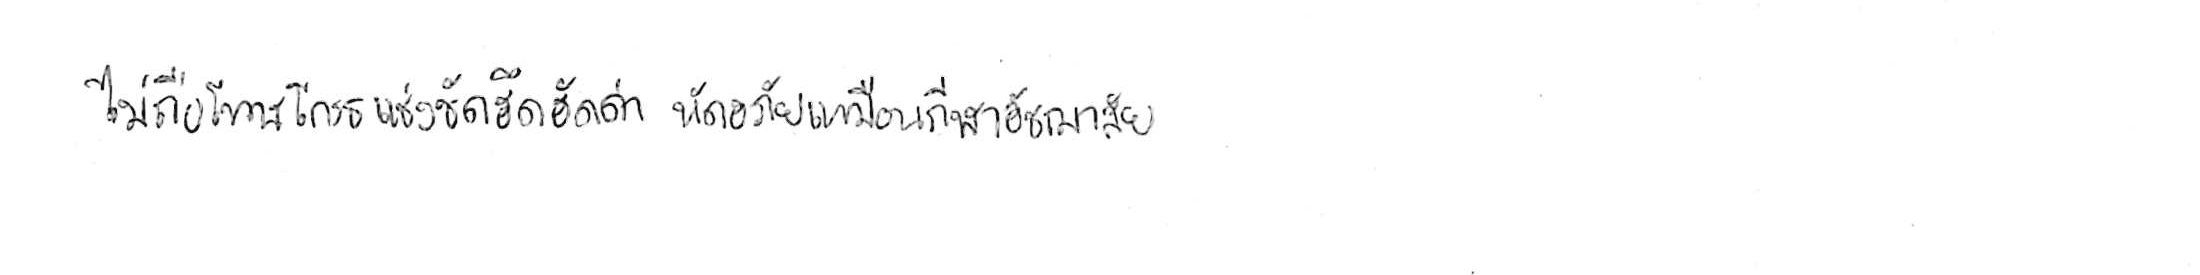
ไม่ถือโทษโกรธแช่งซัดฮึดฮัดด่า หัดอภัยเหมือนกีฬาอัชฌาสัย